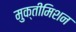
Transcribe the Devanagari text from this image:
मुक्तीमिशन